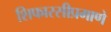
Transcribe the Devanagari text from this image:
शिफारसीप्रमाणे